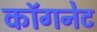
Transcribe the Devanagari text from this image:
कॉगनेट